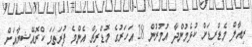
ރިއާލް މެޑްރިޑަށް ކުޅެމުންދާ އުމުރުން 28 އަހަރުގެ މޮޑްރިޗް އެންމެ ފުރަތަމަ ކްރޮއޭޝިޔާއަށް